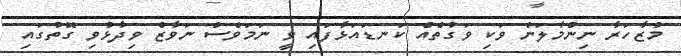
މުޒާހަރާ ނިންމާލަން ވަކި ވަގުތެއް ކަނޑައަޅާފައި ވީ ނަމަވެސް ނަވާޒް ވިދާޅުވި ގޮތުގައި